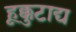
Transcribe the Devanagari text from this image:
हूक्कुटाद्य